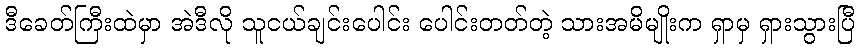
ဒီခေတ်ကြီးထဲမှာ အဲဒီလို သူငယ်ချင်းပေါင်း ပေါင်းတတ်တဲ့ သားအမိမျိုးက ရှာမှ ရှားသွားပြီ